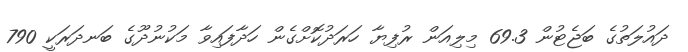
ދައުލަތުގެ ބަޖެޓުން 69.3 މިލިއަން ރުފިޔާ ހަރަދުކޮށްގެން ހަދާފައިވާ މަކުނުދޫގެ ބަނދަރަކީ 790